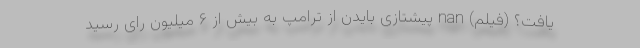
یافت؟ (فیلم) nan پیشتازی بایدن از ترامپ به بیش از ۶ میلیون رای رسید